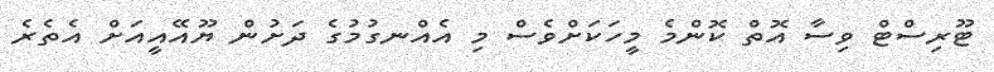
ޓޫރިސްޓް ވިސާ އޮތް ކޮންމެ މީހަކަށްވެސް މި އެއްނގުމުގެ ދަށުން ޔޫއޭއީއަށް އެތެރެ